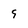
Character: 9